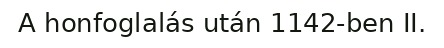
A honfoglalás után 1142-ben II.